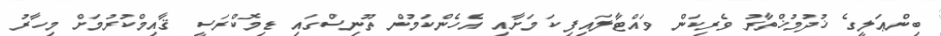
ބިންޢަލީގެ ޚުދުމުޚްތާރު ވެރިކަން ވައްޓާލައިފި ކަމަށާއި އެހެންކަމުން ތޫނިސްގައި ޑިމޮކްރަސީ ޤާއިމްކުރުމަށް މިހާރު